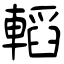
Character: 轁